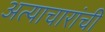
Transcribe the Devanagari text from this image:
अत्याचारांची